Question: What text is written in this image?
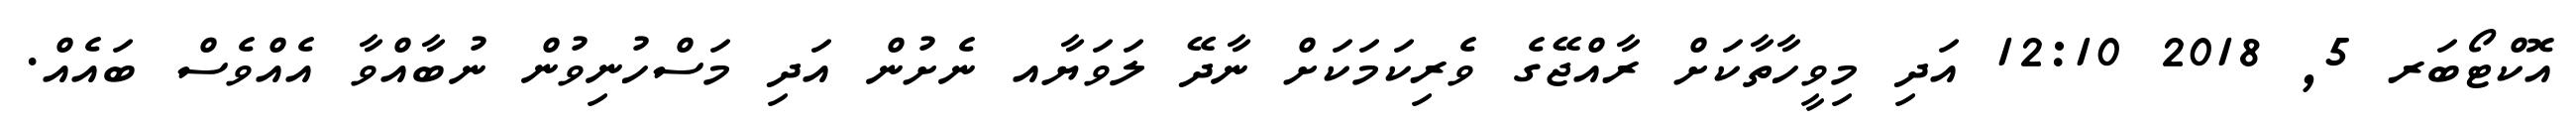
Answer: އޮކްޓޯބަރ 5, 2018 12:10 އަދި މިވީހާތާކަށް ރާއްޖޭގެ ވެރިކަމަކަށް ނާދޭ ލަވަޔާއ ނެށުން އަދި މަސްހުނިވުން ނުބާއްވާ އެއްވެސް ބައެއް.